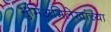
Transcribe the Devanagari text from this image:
भुमिअभिलेखांच्या